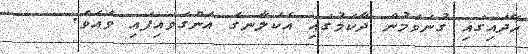
ހޭދައިގައި ގުނަވަމުން ދާކަމުގައި އެކަލާނގެ އަންގަވައިފައި ވެއެވެ.